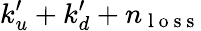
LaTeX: k_{u}^{\prime}+k_{d}^{\prime}+n_{\mathrm{~l~o~s~s~}}